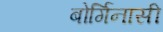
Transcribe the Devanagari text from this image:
बोर्गिनासी